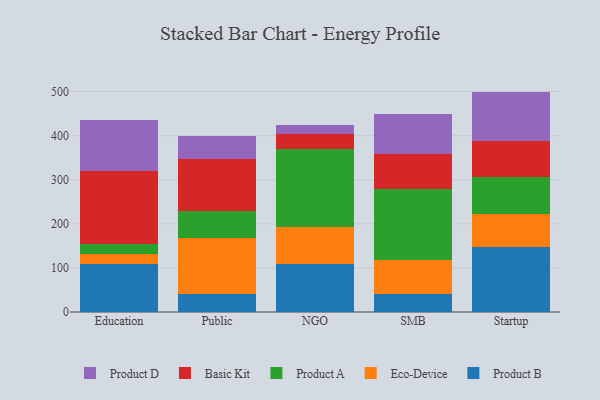
{"axis": {"x": "Segment", "y": "Temperature (°C)"}, "legend": ["Basic Kit", "Eco-Device", "Product A", "Product B", "Product D"], "data": [{"x": "Education", "y": 108.6, "type": "Product B"}, {"x": "Education", "y": 23.3, "type": "Eco-Device"}, {"x": "Education", "y": 22.4, "type": "Product A"}, {"x": "Education", "y": 165.3, "type": "Basic Kit"}, {"x": "Education", "y": 116.4, "type": "Product D"}, {"x": "Public", "y": 40.1, "type": "Product B"}, {"x": "Public", "y": 126.7, "type": "Eco-Device"}, {"x": "Public", "y": 62.7, "type": "Product A"}, {"x": "Public", "y": 118.2, "type": "Basic Kit"}, {"x": "Public", "y": 51.6, "type": "Product D"}, {"x": "NGO", "y": 107.8, "type": "Product B"}, {"x": "NGO", "y": 86.0, "type": "Eco-Device"}, {"x": "NGO", "y": 176.6, "type": "Product A"}, {"x": "NGO", "y": 32.3, "type": "Basic Kit"}, {"x": "NGO", "y": 22.2, "type": "Product D"}, {"x": "SMB", "y": 40.0, "type": "Product B"}, {"x": "SMB", "y": 78.8, "type": "Eco-Device"}, {"x": "SMB", "y": 159.2, "type": "Product A"}, {"x": "SMB", "y": 80.2, "type": "Basic Kit"}, {"x": "SMB", "y": 91.0, "type": "Product D"}, {"x": "Startup", "y": 147.3, "type": "Product B"}, {"x": "Startup", "y": 75.8, "type": "Eco-Device"}, {"x": "Startup", "y": 83.2, "type": "Product A"}, {"x": "Startup", "y": 81.8, "type": "Basic Kit"}, {"x": "Startup", "y": 111.6, "type": "Product D"}]}